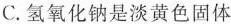
C.氢氧化钠是淡黄色固体